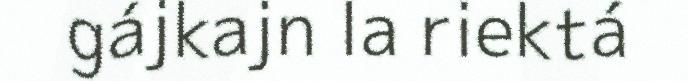
gájkajn la riektá